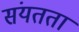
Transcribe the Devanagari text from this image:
संयतता